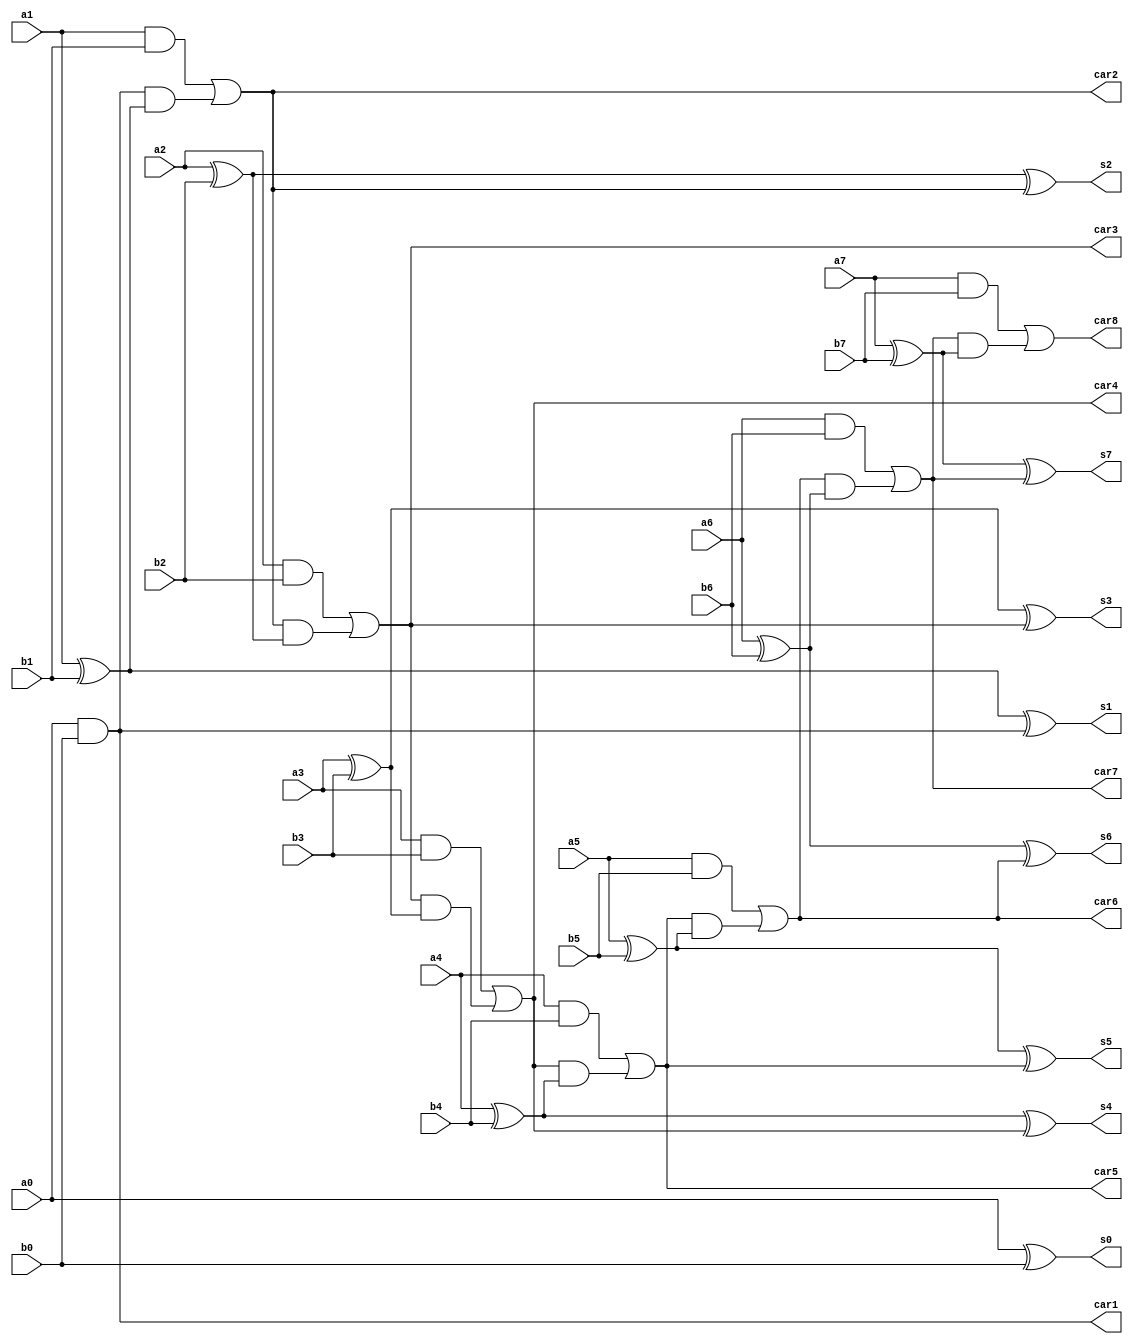
module rca(a0,a1,a2,a3,a4,a5,a6,a7,b0,b1,b2,b3,b4,b5,b6,b7,car1,car2,car3,car4,car5,car6,car7,car8,s0,s1,s2,s3,s4,s5,s6,s7);
	input a0,a1,a2,a3,a4,a5,a6,a7,b0,b1,b2,b3,b4,b5,b6,b7;
	output car1,car2,car3,car4,car5,car6,car7,car8,s0,s1,s2,s3,s4,s5,s6,s7;
	assign s0=a0^b0^0;
	assign car1=(a0&b0)|(0&(a0^b0));
	assign s1=a1^b1^car1;
	assign car2=(a1&b1)|(car1&(a1^b1));
	assign s2=a2^b2^car2;
	assign car3=(a2&b2)|(car2&(a2^b2));
	assign s3=a3^b3^car3;
	assign car4=(a3&b3)|(car3&(a3^b3));
	assign s4=a4^b4^car4;
	assign car5=(a4&b4)|(car4&(a4^b4));
	assign s5=a5^b5^car5;
	assign car6=(a5&b5)|(car5&(a5^b5));
	assign s6=a6^b6^car6;
	assign car7=(a6&b6)|(car6&(a6^b6));
	assign s7=a7^b7^car7;
	assign car8=(a7&b7)|(car7&(a7^b7));
endmodule